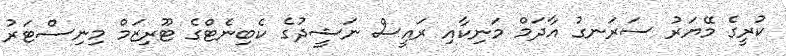
ކުރީގެ މޭޔަރު ސަރަނގު އާދަމް މަނިކާއި ރައީސް ނަޝީދުގެ ކެބިނެޓްގެ ޓޫރިޒަމް މިނިސްޓަރު